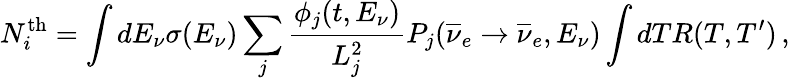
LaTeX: N_{i}^{\mathrm{th}}=\int dE_{\nu}\sigma(E_{\nu})\sum_{j}\frac{\phi_{j}(t,E_{\nu})}{L_{j}^{2}}P_{j}({\overline{{\nu}}}_{e}\rightarrow{\overline{{\nu}}}_{e},E_{\nu})\int dTR(T,T^{\prime})\, ,